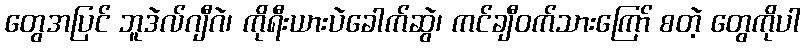
တွေအပြင် ဘူဒဲလ်ဂျီဂဲ၊ ကိုရီးယားပဲခေါက်ဆွဲ၊ ကင်ချီဝက်သားကြော် စတဲ့ တွေကိုပါ